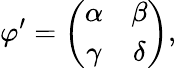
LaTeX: \varphi^{\prime}=\left(\begin{array}{cc}{{\alpha}}&{{\beta}}\\ {{\gamma}}&{{\delta}}\end{array}\right),